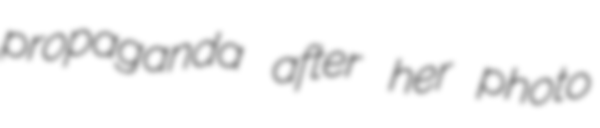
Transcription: propaganda after her photo